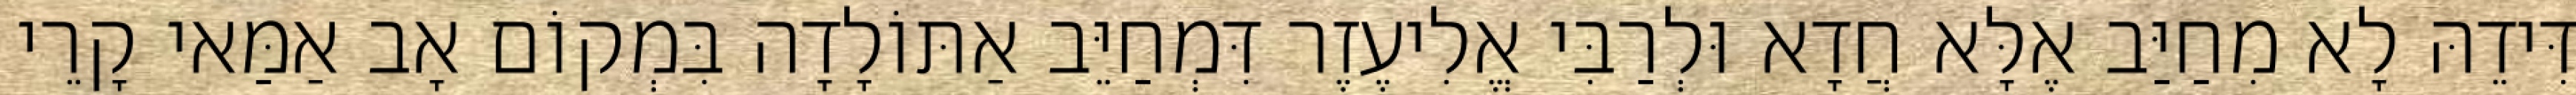
דִּידֵהּ לָא מִחַיַּב אֶלָּא חֲדָא וּלְרַבִּי אֱלִיעֶזֶר דִּמְחַיֵּב אַתּוֹלָדָה בִּמְקוֹם אָב אַמַּאי קָרֵי